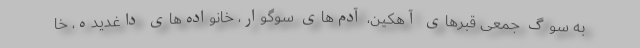
به سوگ جمعی قبرهای آهکین، آدم‌های سوگوار، خانواده‌های داغدیده، خا